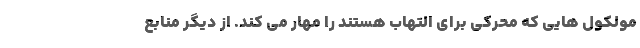
مولکول هایی که محرکی برای التهاب هستند را مهار می کند. از دیگر منابع